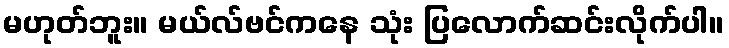
မဟုတ်ဘူး။ မယ်လ်ဗင်ကနေ သုံး ပြလောက်ဆင်းလိုက်ပါ။